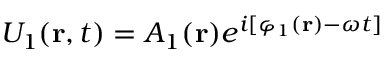
U _ { 1 } ( \mathbf { r } , t ) = A _ { 1 } ( \mathbf { r } ) e ^ { i [ \varphi _ { 1 } ( \mathbf { r } ) - \omega t ] }